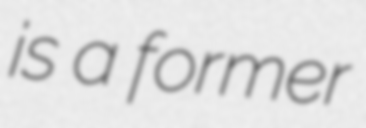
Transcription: is a former